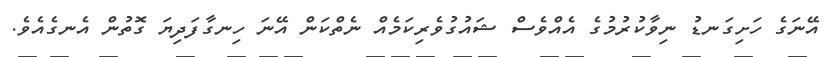
އޭނަގެ ހަށިގަނޑު ނިވާކުރުމުގެ އެއްވެސް ޝައުގުވެރިކަމެއް ނެތްކަން އޭނަ ހިނގާފަދިޔަ ގޮތުން އެނގެއެވެ.